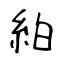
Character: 絈